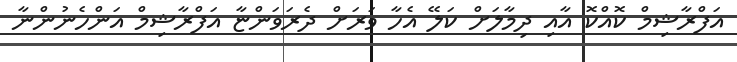
އަފްރާޝިމް ކޮއްކޮ އާއި ދިމާލަށް ކަލޭ އެހާ ވަރަށް ދެރަވަންޏާ އަފްރާޝިމް އަންހެނުންނާ